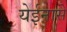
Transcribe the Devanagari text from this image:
येईनासे